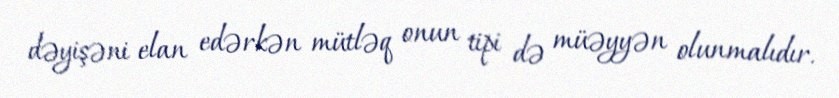
dəyişəni elan edərkən mütləq onun tipi də müəyyən olunmalıdır.